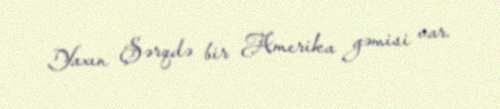
Yaxın Şərqdə bir Amerika gəmisi var.